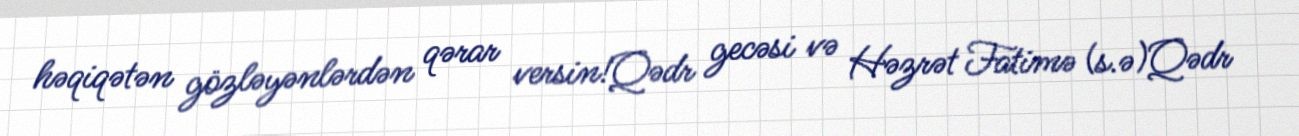
həqiqətən gözləyənlərdən qərar versin!Qədr gecəsi və Həzrət Fatimə (s.ə)Qədr